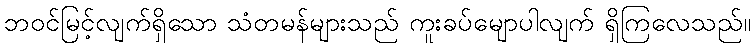
ဘဝင်မြင့်လျက်ရှိသော သံတမန်များသည် ကူးခပ်မျောပါလျက် ရှိကြလေသည်။